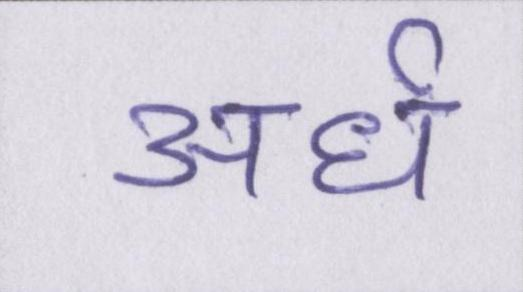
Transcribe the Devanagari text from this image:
अर्ध